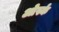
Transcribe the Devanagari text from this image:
ओर्स्क